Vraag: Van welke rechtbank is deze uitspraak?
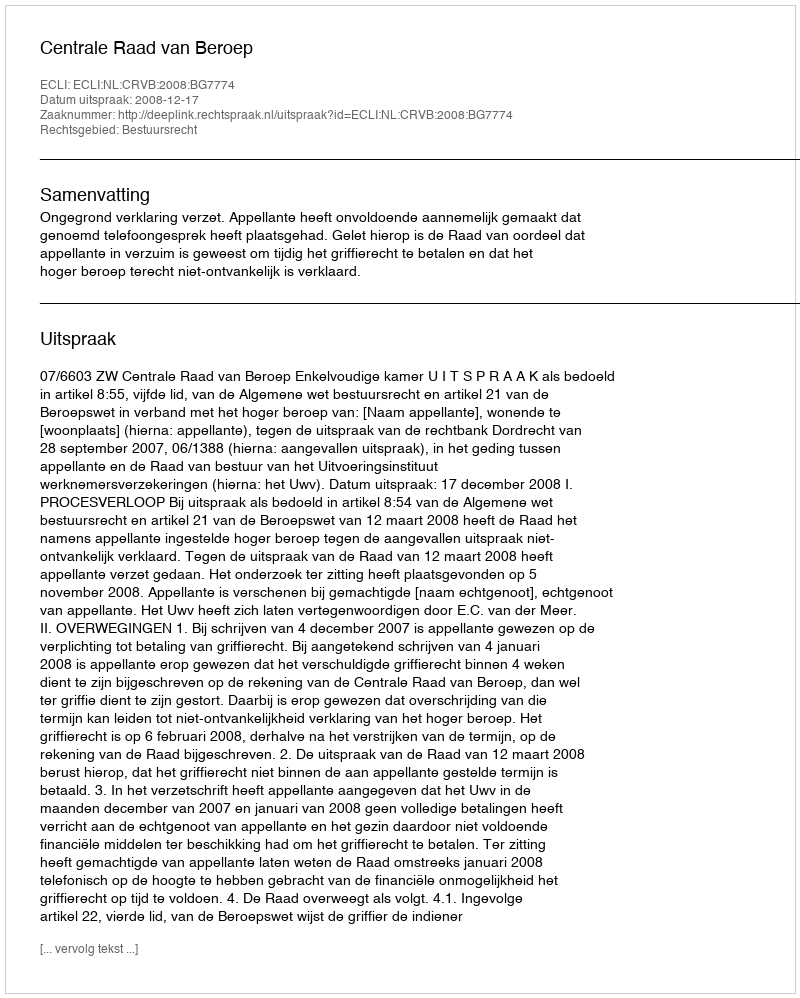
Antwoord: Centrale Raad van Beroep